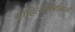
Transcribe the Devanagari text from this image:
साहित्यनिर्माताओं